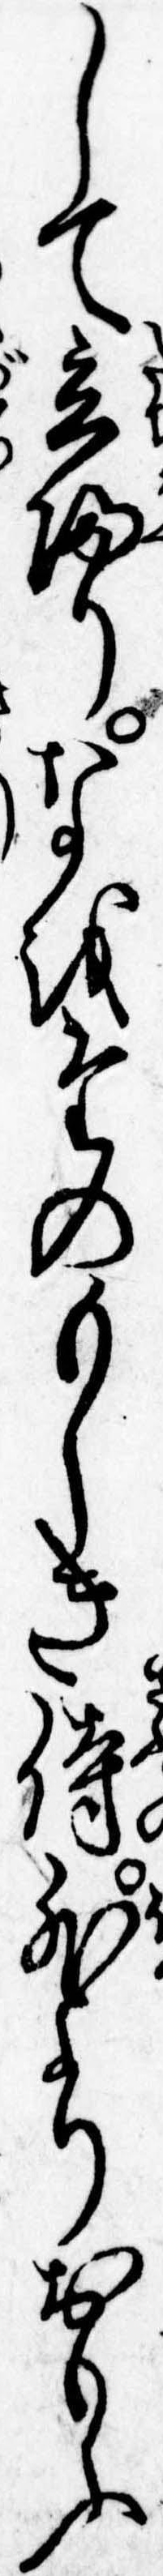
して立帰りなをたのもしき侍外よりおもふ